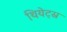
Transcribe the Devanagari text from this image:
थियेट्स्र